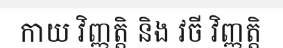
កាយ វិញ្ញត្តិ និង វចី វិញ្ញត្តិ